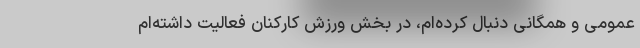
عمومی و همگانی دنبال کرده‌ام، در بخش ورزش کارکنان فعالیت داشته‌ام